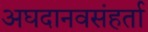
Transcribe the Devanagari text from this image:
अघदानवसंहर्ता